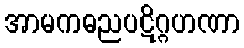
အာမကဓညပဋိဂ္ဂဟဏာ